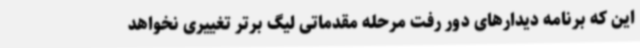
این که برنامه دیدارهای دور رفت مرحله مقدماتی لیگ برتر تغییری نخواهد